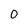
Character: O